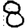
Digit: 8